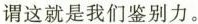
谓这就是我们鉴别力。